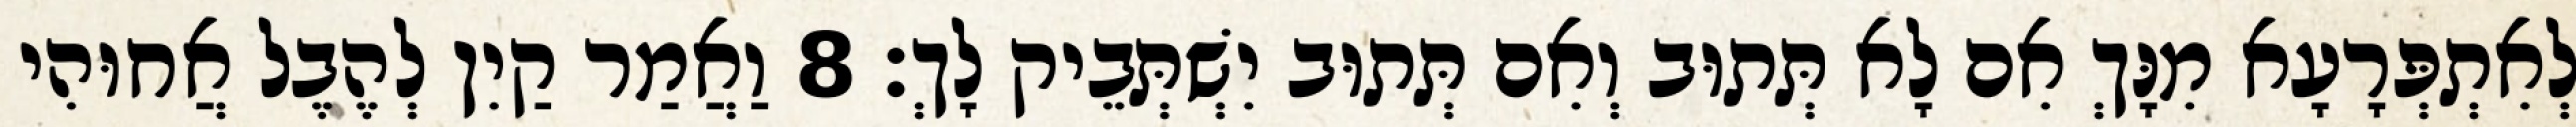
לְאִתְפְּרָעָא מִנָּךְ אִם לָא תְּתוּב וְאִם תְּתוּב יִשְׁתְּבֵיק לָךְ׃ 8 וַאֲמַר קַיִן לְהֶבֶל אֲחוּהִי